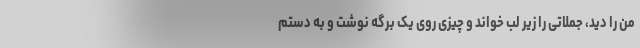
من را دید، جملاتی را زیر لب خواند و چیزی روی یک برگه نوشت و به دستم